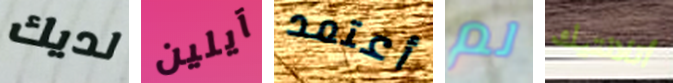
لديك آيلين أعتمد لم أتلانتيك